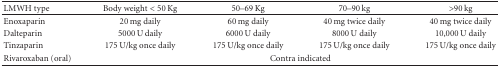
<table><thead><tr><td><b>LMWH type</b></td><td><b>Body weight &lt; 50 Kg</b></td><td><b>50–69 Kg</b></td><td><b>70–90 kg</b></td><td><b>&gt;90 kg</b></td></tr></thead><tbody><tr><td>Enoxaparin</td><td>20 mg daily</td><td>60 mg daily</td><td>40 mg twice daily</td><td>40 mg twice daily</td></tr><tr><td>Dalteparin</td><td>5000 U daily</td><td>6000 U daily</td><td>8000 U daily</td><td>10,000 U daily</td></tr><tr><td>Tinzaparin</td><td>175 U/kg once daily</td><td>175 U/kg once daily</td><td>175 U/kg once daily</td><td>175 U/kg once daily</td></tr><tr><td>Rivaroxaban (oral)</td><td colspan="4">Contra indicated</td></tr></tbody></table>